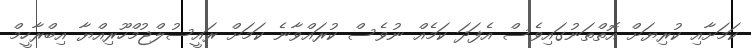
ކަމަށާއި ކުރިޔަށް އޮތްތަނުގައިވެސް އެފަދަ ކަމެއް ނުވެސް ކުރައްވާނެ ކަމަށް ރައީސުލްޖުމްހޫރިއްޔާ އިބްރާހީމް